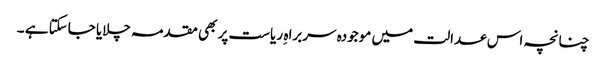
چنانچہ اس عدالت میں موجودہ سربراہ ِ ریاست پر بھی مقدمہ چلایا جاسکتا ہے ۔